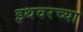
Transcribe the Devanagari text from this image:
इथवरच्या